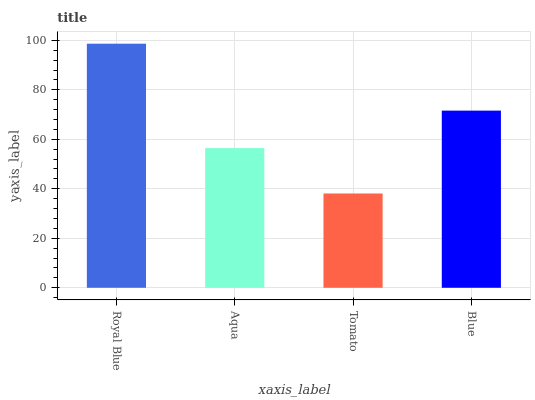
| xaxis_label | bars |
 | --- | --- |
 | Royal Blue | 98.6 |
 | Aqua | 56.5 |
 | Tomato | 38.1 |
 | Blue | 71.6 |